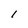
Character: I